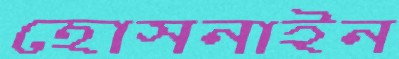
হোসনাইন